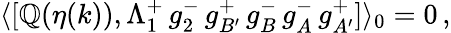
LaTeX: \langle[\mathbb{Q}(\eta(k)),\Lambda_{1}^{+}\, g_{2}^{-}\, g_{B^{\prime}}^{+}\, g_{B}^{-}\, g_{A}^{-}\, g_{A^{\prime}}^{+}]\rangle_{0}=0\, ,